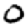
Digit: 0